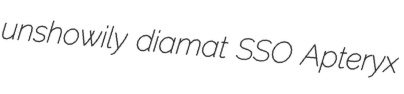
unshowily diamat SSO Apteryx